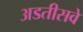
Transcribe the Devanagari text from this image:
अडतीसवे